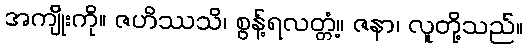
အကျိုးကို။ ဇဟိဿသိ၊ စွန့်ရလတ္တံ့။ ဇနာ၊ လူတို့သည်။